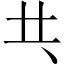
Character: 𠀖